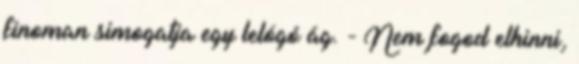
finoman simogatja egy lelógó ág. - Nem fogod elhinni,